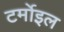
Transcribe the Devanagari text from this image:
टर्मोइल